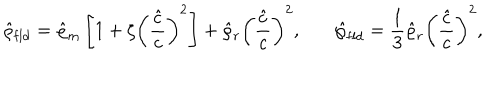
LaTeX: \hat { \varrho } _ { \mathrm { f l d } } = \hat { \varrho } _ { m } \left[ 1 + \zeta \left( { \frac { \hat { c } } { c } } \right) ^ { 2 } \right] + \hat { \varrho } _ { r } \left( { \frac { \hat { c } } { c } } \right) ^ { 2 } , \ \ \ \hat { \wp } _ { \mathrm { f l d } } = { \frac { 1 } { 3 } } \hat { \varrho } _ { r } \left( { \frac { \hat { c } } { c } } \right) ^ { 2 } ,